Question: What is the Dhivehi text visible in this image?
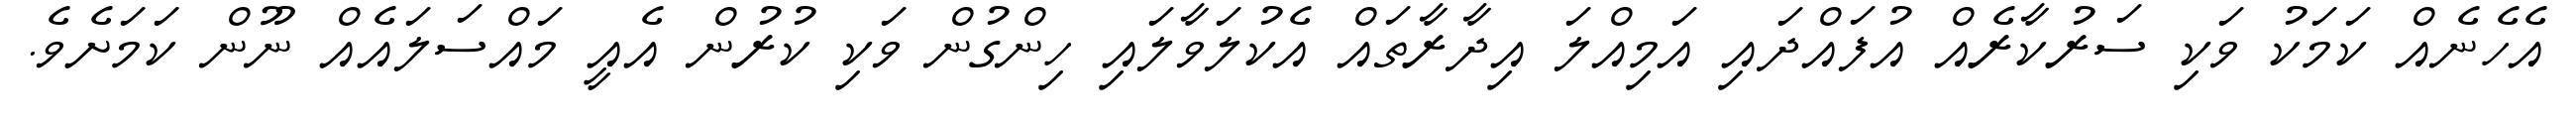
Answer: އެހެނެއް ކަމަކު ވަކި ސަރުކާރެއް އުފައްދައި އަމިއްލަ އިދާރާތައް އެކުލަވާލައި ހިންގުން ވަކި ކުރުން އެއީ މައްސަލައެއް ނޫން ކަމަށެވެ.